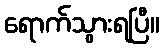
ရောက်သွားရပြီ။